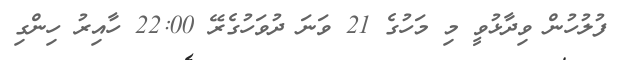
ފުލުހުން ވިދާޅުވީ މި މަހުގެ 21 ވަނަ ދުވަހުގެރޭ 22:00 ހާއިރު ހިންގި